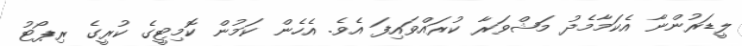
ލީޑަރުންނާ އެކަމާމެދު މަޝްވަރާ ކުރައްވައިފަ އެވެ. އެހެން ކަމުން ކޮމިޓީގެ ކުރީގެ ރިޕޯޓު